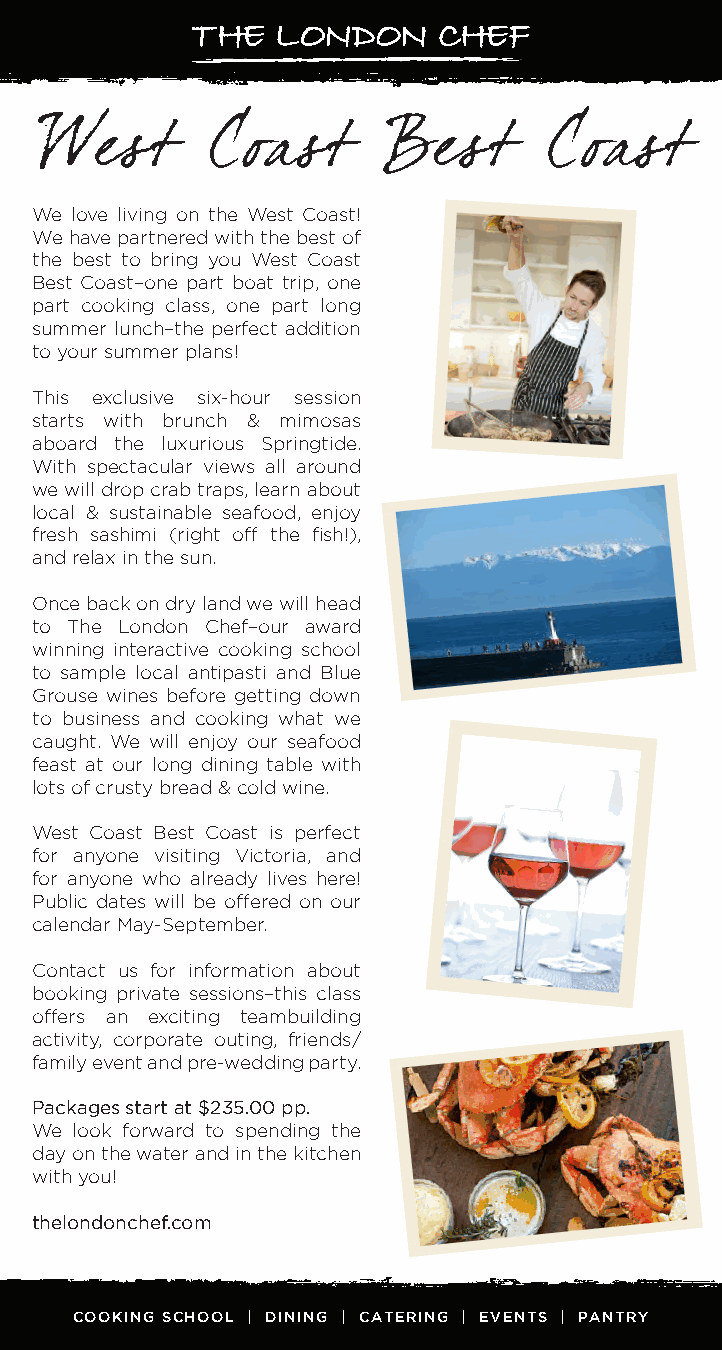
West       Coast      Best       Coast
 We love living on the West Coast!
 We have partnered with the best of
 the best to bring you West Coast
 Best Coast–one part boat trip, one
 part cooking class, one part long
 summer lunch–the perfect addition
 to your summer plans!
 This exclusive six-hour session
 starts with brunch & mimosas
 aboard the luxurious Springtide.
 With spectacular views all around
 we will drop crab traps, learn about
 local & sustainable seafood, enjoy
 fresh sashimi (right off the fish!),
 and relax in the sun.
 Once back on dry land we will head
 to The London Chef–our award
 winning interactive cooking school
 to sample local antipasti and Blue
 Grouse wines before getting down
 to business and cooking what we
 caught. We will enjoy our seafood
 feast at our long dining table with
 lots of crusty bread & cold wine.
 West Coast Best Coast is perfect
 for anyone visiting Victoria, and
 for anyone who already lives here!
 Public dates will be offered on our
 calendar May-September.
 Contact us for information about
 booking private sessions–this class
 offers an exciting teambuilding
 activity, corporate outing, friends/
 family event and pre-wedding party.
 Packages start at $235.00 pp.
 We look forward to spending the
 day on the water and in the kitchen
 with you!
 thelondonchef.com
 COOKING SCHOOL | DINING | CATERING | EVENTS | PANTRY